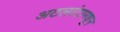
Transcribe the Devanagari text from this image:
अटलांटामधून